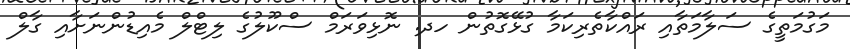
މަގުމަތީގެ ސަލާމަތާއި ރައްކާތެރިކަމާ ގުޅޭގޮތުން ހދ. ނޮޅިވަރަމް ސްކޫލުގެ ލިޓްލް މެއިޑުންނަށާއި ގާލް